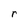
Character: r